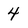
Character: 4